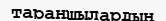
тараншылардың